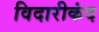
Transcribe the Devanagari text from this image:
विदारीकंद